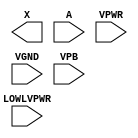
module sky130_fd_sc_hd__lpflow_lsbuf_lh_isowell_tap (
    X       ,
    A       ,
    LOWLVPWR,
    VPWR    ,
    VGND    ,
    VPB
);

    output X       ;
    input  A       ;
    input  LOWLVPWR;
    input  VPWR    ;
    input  VGND    ;
    input  VPB     ;
endmodule